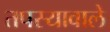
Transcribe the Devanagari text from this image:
तपस्यावाले